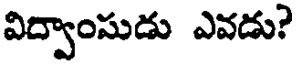
విద్వాంసుడు ఎవడు?